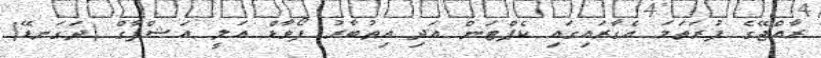
ރާއްޖޭގެ ފުރަތަމަ އެގާރައިގައި ކެޕްޓަން އަދި އިތުބާރު ފޯވާޑް އަލީ އަޝްފާގް (ދަގަނޑޭ)